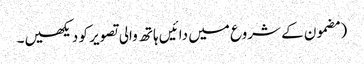
‏ (‏مضمون کے شروع میں دائیں ہاتھ والی تصویر کو دیکھیں۔